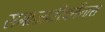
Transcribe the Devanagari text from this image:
समाजपरिवर्तनास